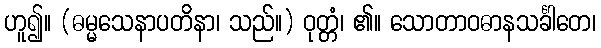
ဟူ၍။ (ဓမ္မသေနာပတိနာ၊ သည်။) ဝုတ္တံ၊ ၏။ သောတာဝဓာနသင်္ခါတေ၊